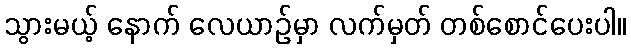
သွားမယ့် နောက် လေယာဉ်မှာ လက်မှတ် တစ်စောင်ပေးပါ။